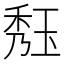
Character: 𤥹